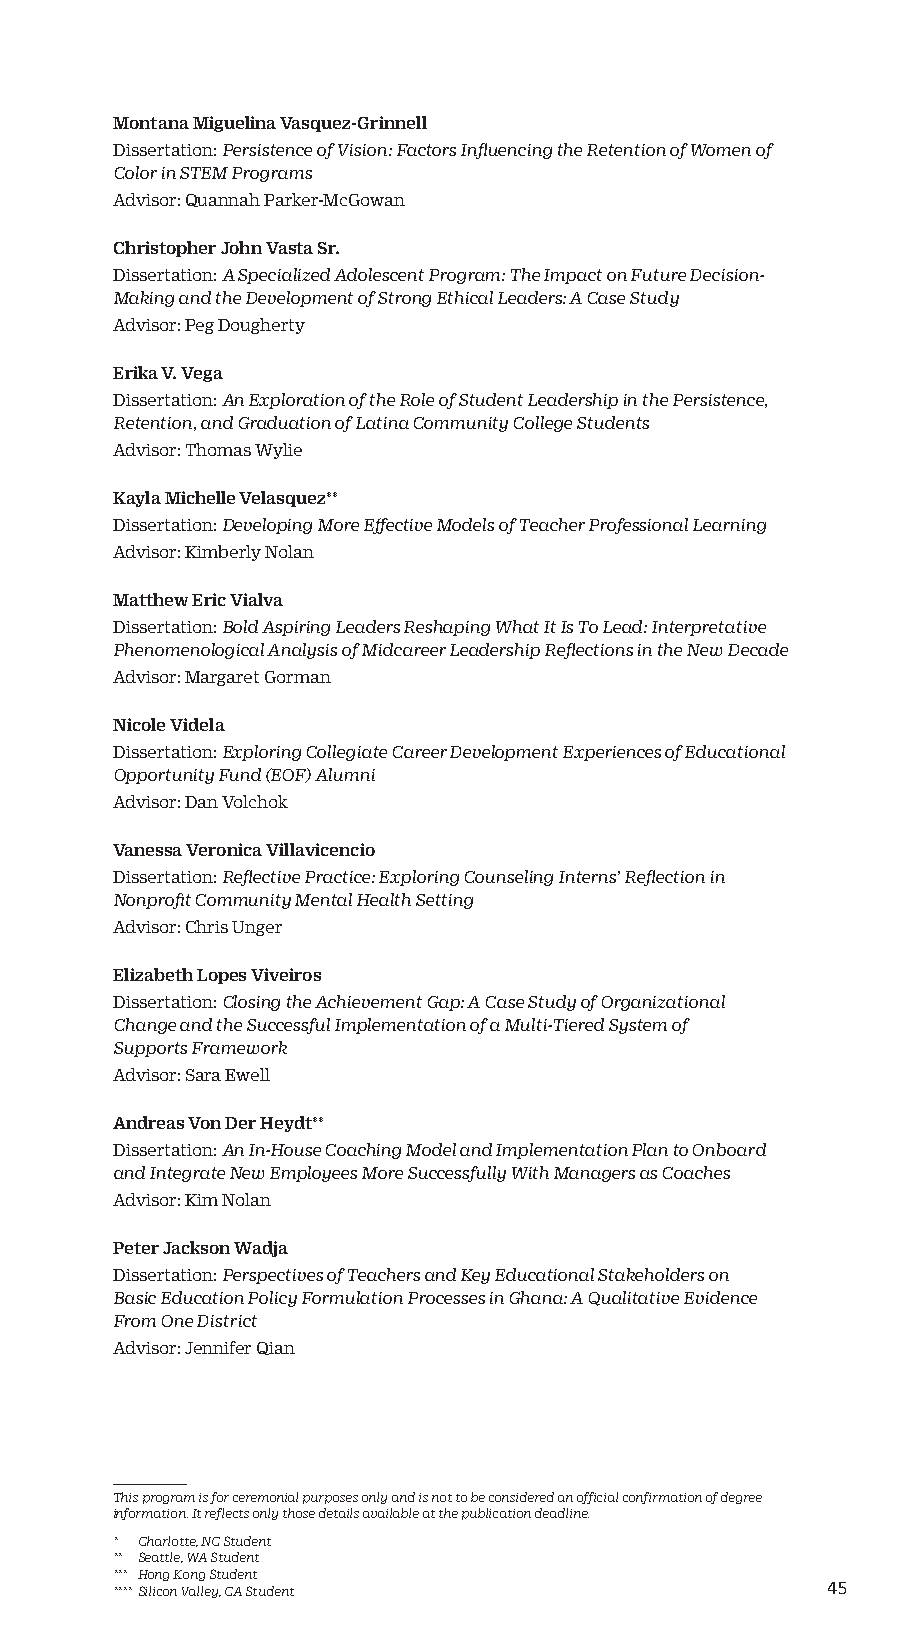
Montana Miguelina Vasquez-Grinnell
 Dissertation: Persistence of Vision: Factors Influencing the Retention of Women of
 Color in STEM Programs
 Advisor: Quannah Parker-McGowan
 Christopher John Vasta Sr.
 Dissertation: A Specialized Adolescent Program: The Impact on Future Decision-
 Making and the Development of Strong Ethical Leaders: A Case Study
 Advisor: Peg Dougherty
 Erika V. Vega
 Dissertation: An Exploration of the Role of Student Leadership in the Persistence,
 Retention, and Graduation of Latina Community College Students
 Advisor: Thomas Wylie
 Kayla Michelle Velasquez**
 Dissertation: Developing More Effective Models of Teacher Professional Learning
 Advisor: Kimberly Nolan
 Matthew Eric Vialva
 Dissertation: Bold Aspiring Leaders Reshaping What It Is To Lead: Interpretative
 Phenomenological Analysis of Midcareer Leadership Reflections in the New Decade
 Advisor: Margaret Gorman
 Nicole Videla
 Dissertation: Exploring Collegiate Career Development Experiences of Educational
 Opportunity Fund (EOF) Alumni
 Advisor: Dan Volchok
 Vanessa Veronica Villavicencio
 Dissertation: Reflective Practice: Exploring Counseling Interns’ Reflection in
 Nonprofit Community Mental Health Setting
 Advisor: Chris Unger
 Elizabeth Lopes Viveiros
 Dissertation: Closing the Achievement Gap: A Case Study of Organizational
 Change and the Successful Implementation of a Multi-Tiered System of
 Supports Framework
 Advisor: Sara Ewell
 Andreas Von Der Heydt**
 Dissertation: An In-House Coaching Model and Implementation Plan to Onboard
 and Integrate New Employees More Successfully With Managers as Coaches
 Advisor: Kim Nolan
 Peter Jackson Wadja
 Dissertation: Perspectives of Teachers and Key Educational Stakeholders on
 Basic Education Policy Formulation Processes in Ghana: A Qualitative Evidence
 From One District
 Advisor: Jennifer Qian
 This program is for ceremonial purposes only and is not to be considered an official confirmation of degree
 information. It reflects only those details available at the publication deadline.
 * Charlotte, NC Student
 ** Seattle, WA Student
 *** Hong Kong Student
 **** Silicon Valley, CA Student                 45